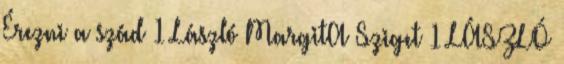
Érezni a szád 1 László MargitA Sziget 1 LÁSZLÓ